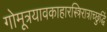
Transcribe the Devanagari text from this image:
गोमूत्रयावकाहारस्त्रिरात्राच्छुद्धिं